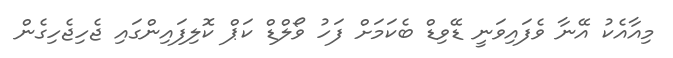
މިއާއެކު އޭނާ ވެފައިވަނީ ޑޭވިޑް ބެކަމަށް ފަހު ވޯލްޑް ކަޕް ކޮލިފައިންގައި ޖެހިޖެހިގެން